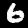
Label: 6